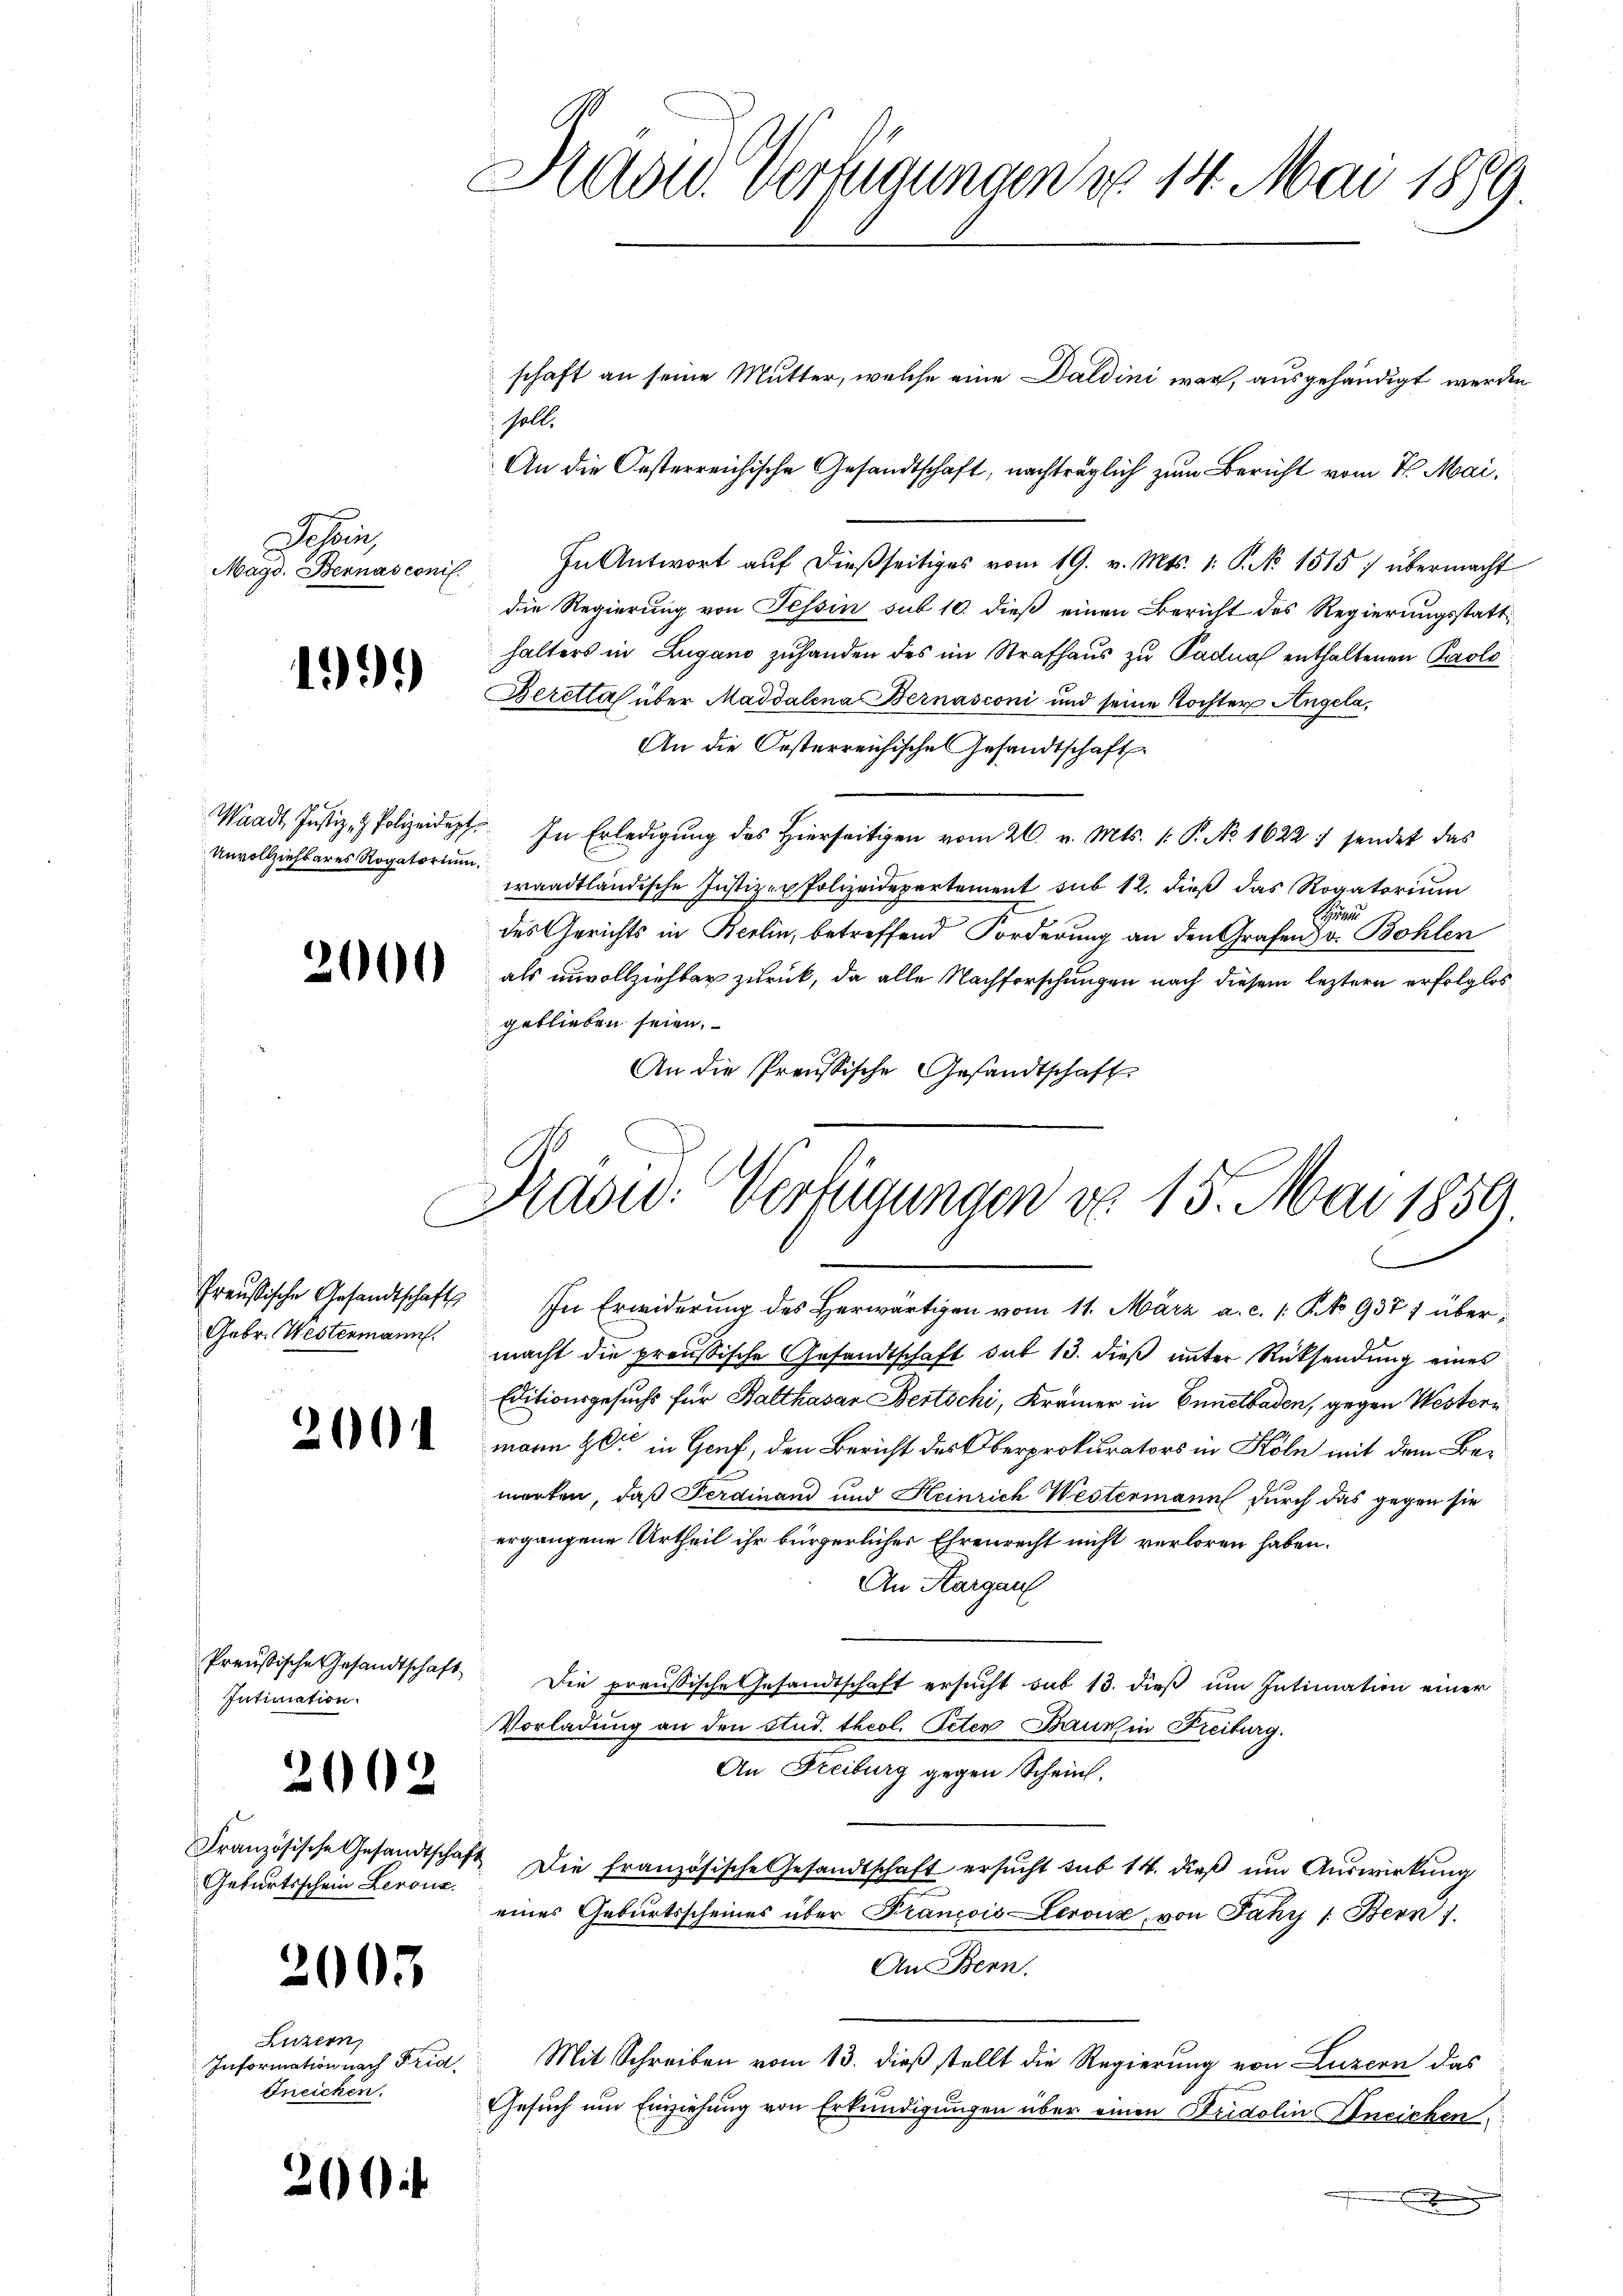
Dessen,
Magd. Bernasconil.

1999

1
Unvollziehbares Rogatorium

Preußische Gesandtschaft
Intimation.

2002

Geburtsschein Leronz

2005

Luzern,
Information nach Frid
Ineichen.

200

Hadw. Verfügungen d. 14. Mai 1889.

soll.
In Antwort auf dießseitiges vom 19. v. Mts. 1. P. No. 1515: übermacht
die Regierung von Tessin sub 10. dieß einen Bericht des Regierungsstatthalters in Lugano zuhanden des im Strafhaus zu Padnal enthaltenen Paolo¬
Beretta über Magdalena Bernasconi und seine Tochter Angela¬
An die Oesterreichische Gesandtschaft
Waadt, Justiz & Polizeidept. In Erledigung des Hierseitigen vom 26. v. Mts. 1. P. No 1622 7 sendet das
waadtländische Justiz- & Polizeidepartement sub 12. dieß das Rogatorium
S
des Gerichts in Berlin, betreffend Forderung an den Grafen v. Bohlen
 als unvollziehbar zŭrück, da alle Nachforschŭngen nach diesem leztern erfolglos
geblieben seien.
An die Preussische Gesandtschaft

schaft an seine Mutter, welche eine Daldini war, ausgehändigt werden
An die Oesterreichische Gesandtschaft, nachträglich zum Bericht vom 11. Mai,

Dradw. Verfügungen do. 15. Mai 1859.

Preußische Gesandtschaft. In Erwiderung des Herwärtigen vom 11. März a. c. 1 Pk 9371 über¬
Gebr. Westermann macht die preußische Gesandtschaft hat 13. dieß unter Rücksendung eines
Editionsgesuchs für Balthasar Bertschi, Krämer in Ennetbaden, gegen Western
 mann 20 in Genf, den Bericht des Oberprokurators in Köln mit dem Bewarten, daß Ferdinand und Heinrich Westermann durch das gegen sie
ergangene Urtheil ihr bürgerlicher Ehrenrecht nicht verloren haben.
An Hargau
Die preußische Gesandtschaft ersucht sub 13. dieß um Intimation einer
Vorladung an den Stud. theol. Peter Baum in Freiburg.
An Freiburg gegen Scheint.
Französische Gesandtschaft. Die französische Gesandtschaft ersŭcht sub 14. dieβ ŭm Aŭswirkung
eines Geburtsscheines über Francois Leroux, von Jahr 1. Bern 7.
An Benn.
Mit Schreiben vom 13. dieß stellt die Regierung von Luzern das
Gesuch um Einziehung von Erkundigungen über einen Bridolin Ineichen
n